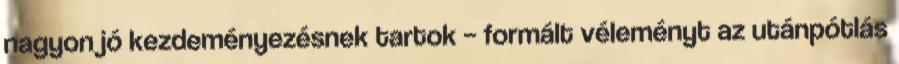
nagyon jó kezdeményezésnek tartok – formált véleményt az utánpótlás